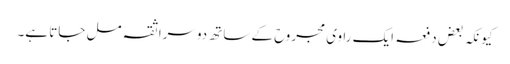
کیونکہ بعض دفعہ ایک راوی مجروح کے ساتھ دوسرا ثقہ مل جاتا ہے۔